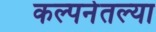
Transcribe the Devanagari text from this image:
कल्पनेतल्या